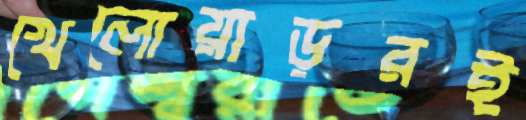
খেলোয়াড়রই